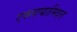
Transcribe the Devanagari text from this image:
एक्स्त्रप्य्रामिदल